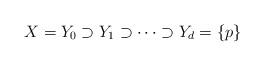
LaTeX: \begin{align*}X=Y_0\supset Y_1\supset \cdots \supset Y_d=\{p\}\end{align*}